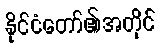
နိုင်ငံတော်၏အတိုင်